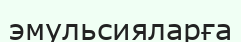
эмульсияларға